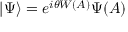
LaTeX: | \Psi \rangle = e ^ { i \theta W ( A ) } \Psi ( A )